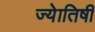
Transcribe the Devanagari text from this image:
ज्‍येातिषी